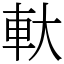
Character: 軑